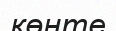
көнте